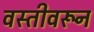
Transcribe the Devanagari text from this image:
वस्तीवरून